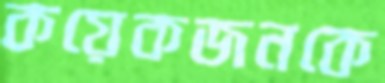
কয়েকজনকে